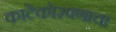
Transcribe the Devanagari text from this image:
काटेकोरपणाचा